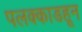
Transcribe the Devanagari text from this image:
पलक्काडहून